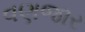
વણજાર